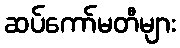
ဆပ်ကော်မတီများ